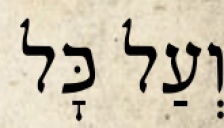
וְעַל כׇּל